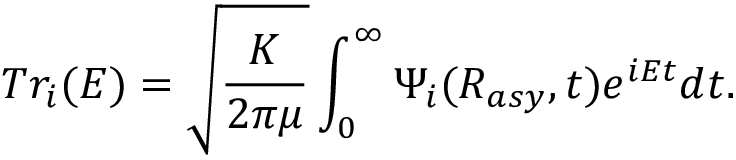
T r _ { i } ( E ) = \sqrt { \frac { K } { 2 \pi \mu } } \int _ { 0 } ^ { \infty } \Psi _ { i } ( R _ { a s y } , t ) e ^ { i E t } d t .